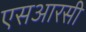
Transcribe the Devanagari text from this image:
एसआरसी